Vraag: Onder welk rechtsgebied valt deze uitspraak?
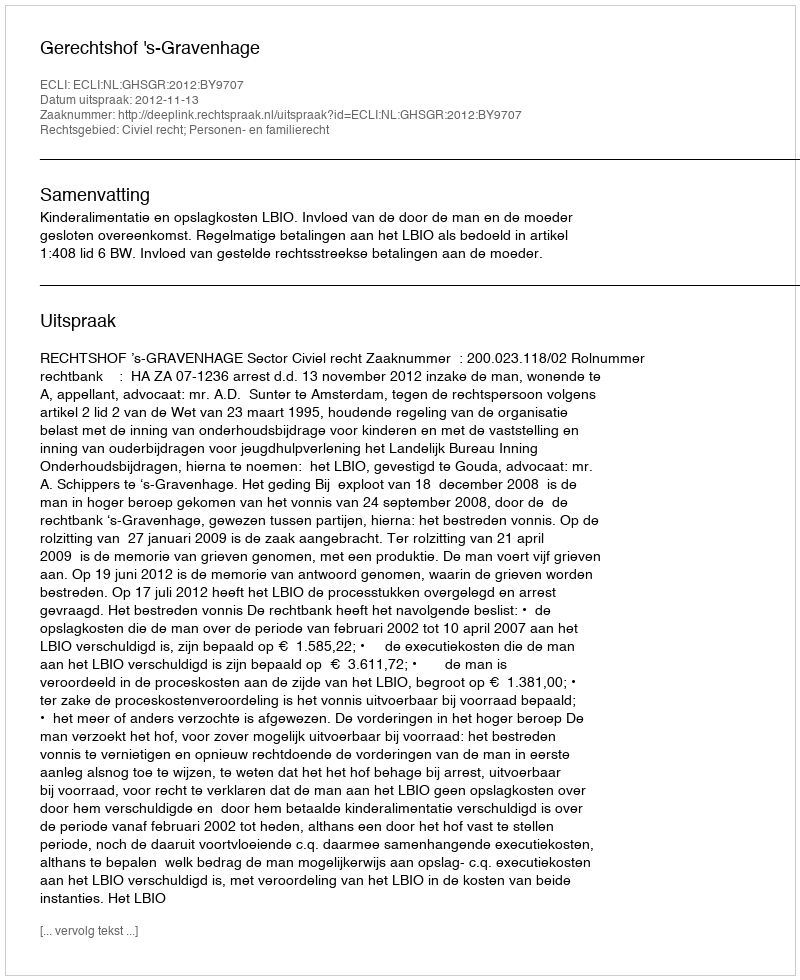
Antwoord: Civiel recht; Personen- en familierecht